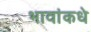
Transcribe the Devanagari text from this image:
भावांकधे